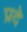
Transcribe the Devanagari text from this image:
प्रदे